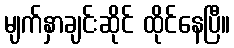
မျက်နှာချင်းဆိုင် ထိုင်နေပြီ။